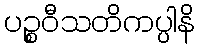
ပဉ္စဝီသတိကပ္ပါနိ